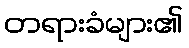
တရားခံများ၏